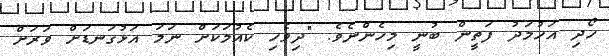
ހޯދި އަހުމަދު ފަތީން ބުނީ މިހެންނެވެ. "ދިވެހި ކެއުމަކަށް ނަމަ އަޅުގަނޑަށް ވަރަށް